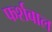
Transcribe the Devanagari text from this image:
फर्शबाल